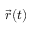
\vec { r } ( t )